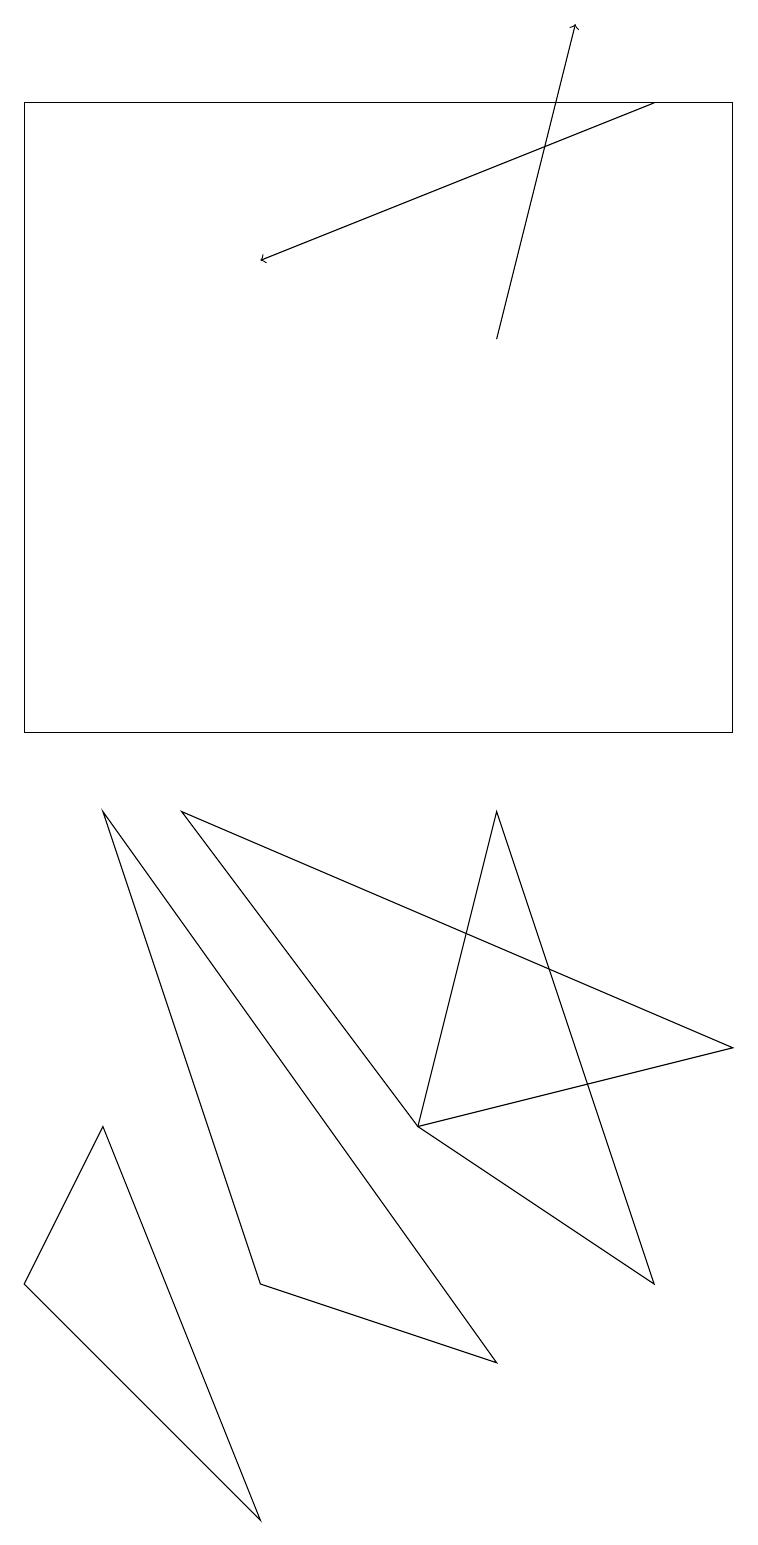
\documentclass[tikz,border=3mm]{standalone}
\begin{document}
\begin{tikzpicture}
\draw (3,0) -- (0,3) -- (1,5) -- cycle;
\draw (9,6) -- (5,5) -- (2,9) -- cycle;
\draw (0,18) rectangle (9,10);
\draw[->] (6,15) -- (7,19);
\draw (1,9) -- (6,2) -- (3,3) -- cycle;
\draw[->] (8,18) -- (3,16);
\draw (5,5) -- (8,3) -- (6,9) -- cycle;
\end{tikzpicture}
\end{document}